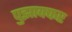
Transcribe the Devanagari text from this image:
पुझाक्कर